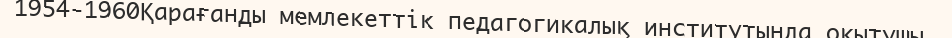
1954-1960Қарағанды мемлекеттік педагогикалық институтында оқытушы,